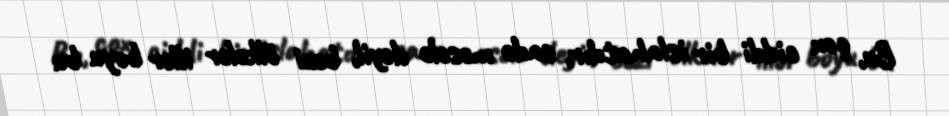
Bu, çox ciddi bir islahatdır, sadə məsələ deyil, bəzi ölkələr illər boyu bu